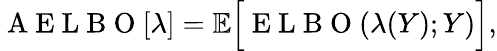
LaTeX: \mathrm{~A~E~L~B~O~}[\lambda]=\mathbb{E}\Big[\mathrm{~E~L~B~O~}(\lambda(Y);Y)\Big],